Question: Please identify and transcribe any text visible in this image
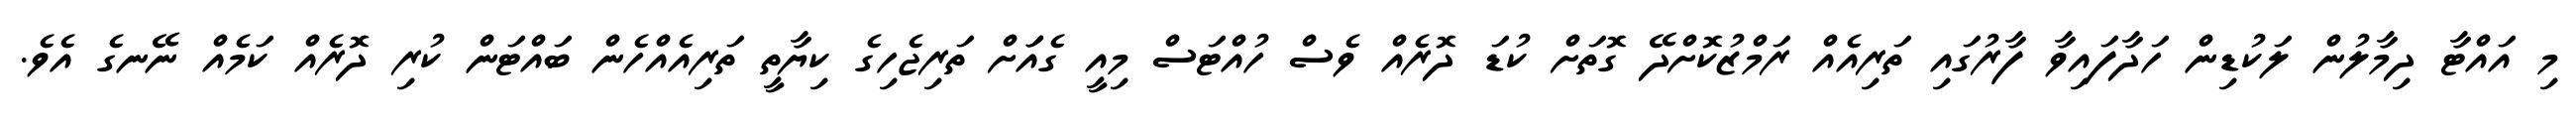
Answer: މި އައްޓާ ދިމާލުން ލަކުޑިން ހަދާފައިވާ ފާރުގައި ތަރިއެއް ރަމްޒުކޮށްދޭ ގޮތަށް ކުޑަ ދޮރެއް ވެސް ހުއްޓަސް މިއީ ގެއަަށް ތަރިޖެހިގެ ކިޔާތީ ތަރިއެއްހެން ބައްޓަން ކުރި ދޮރެއް ކަމެއް ނޭނގެ އެވެ.